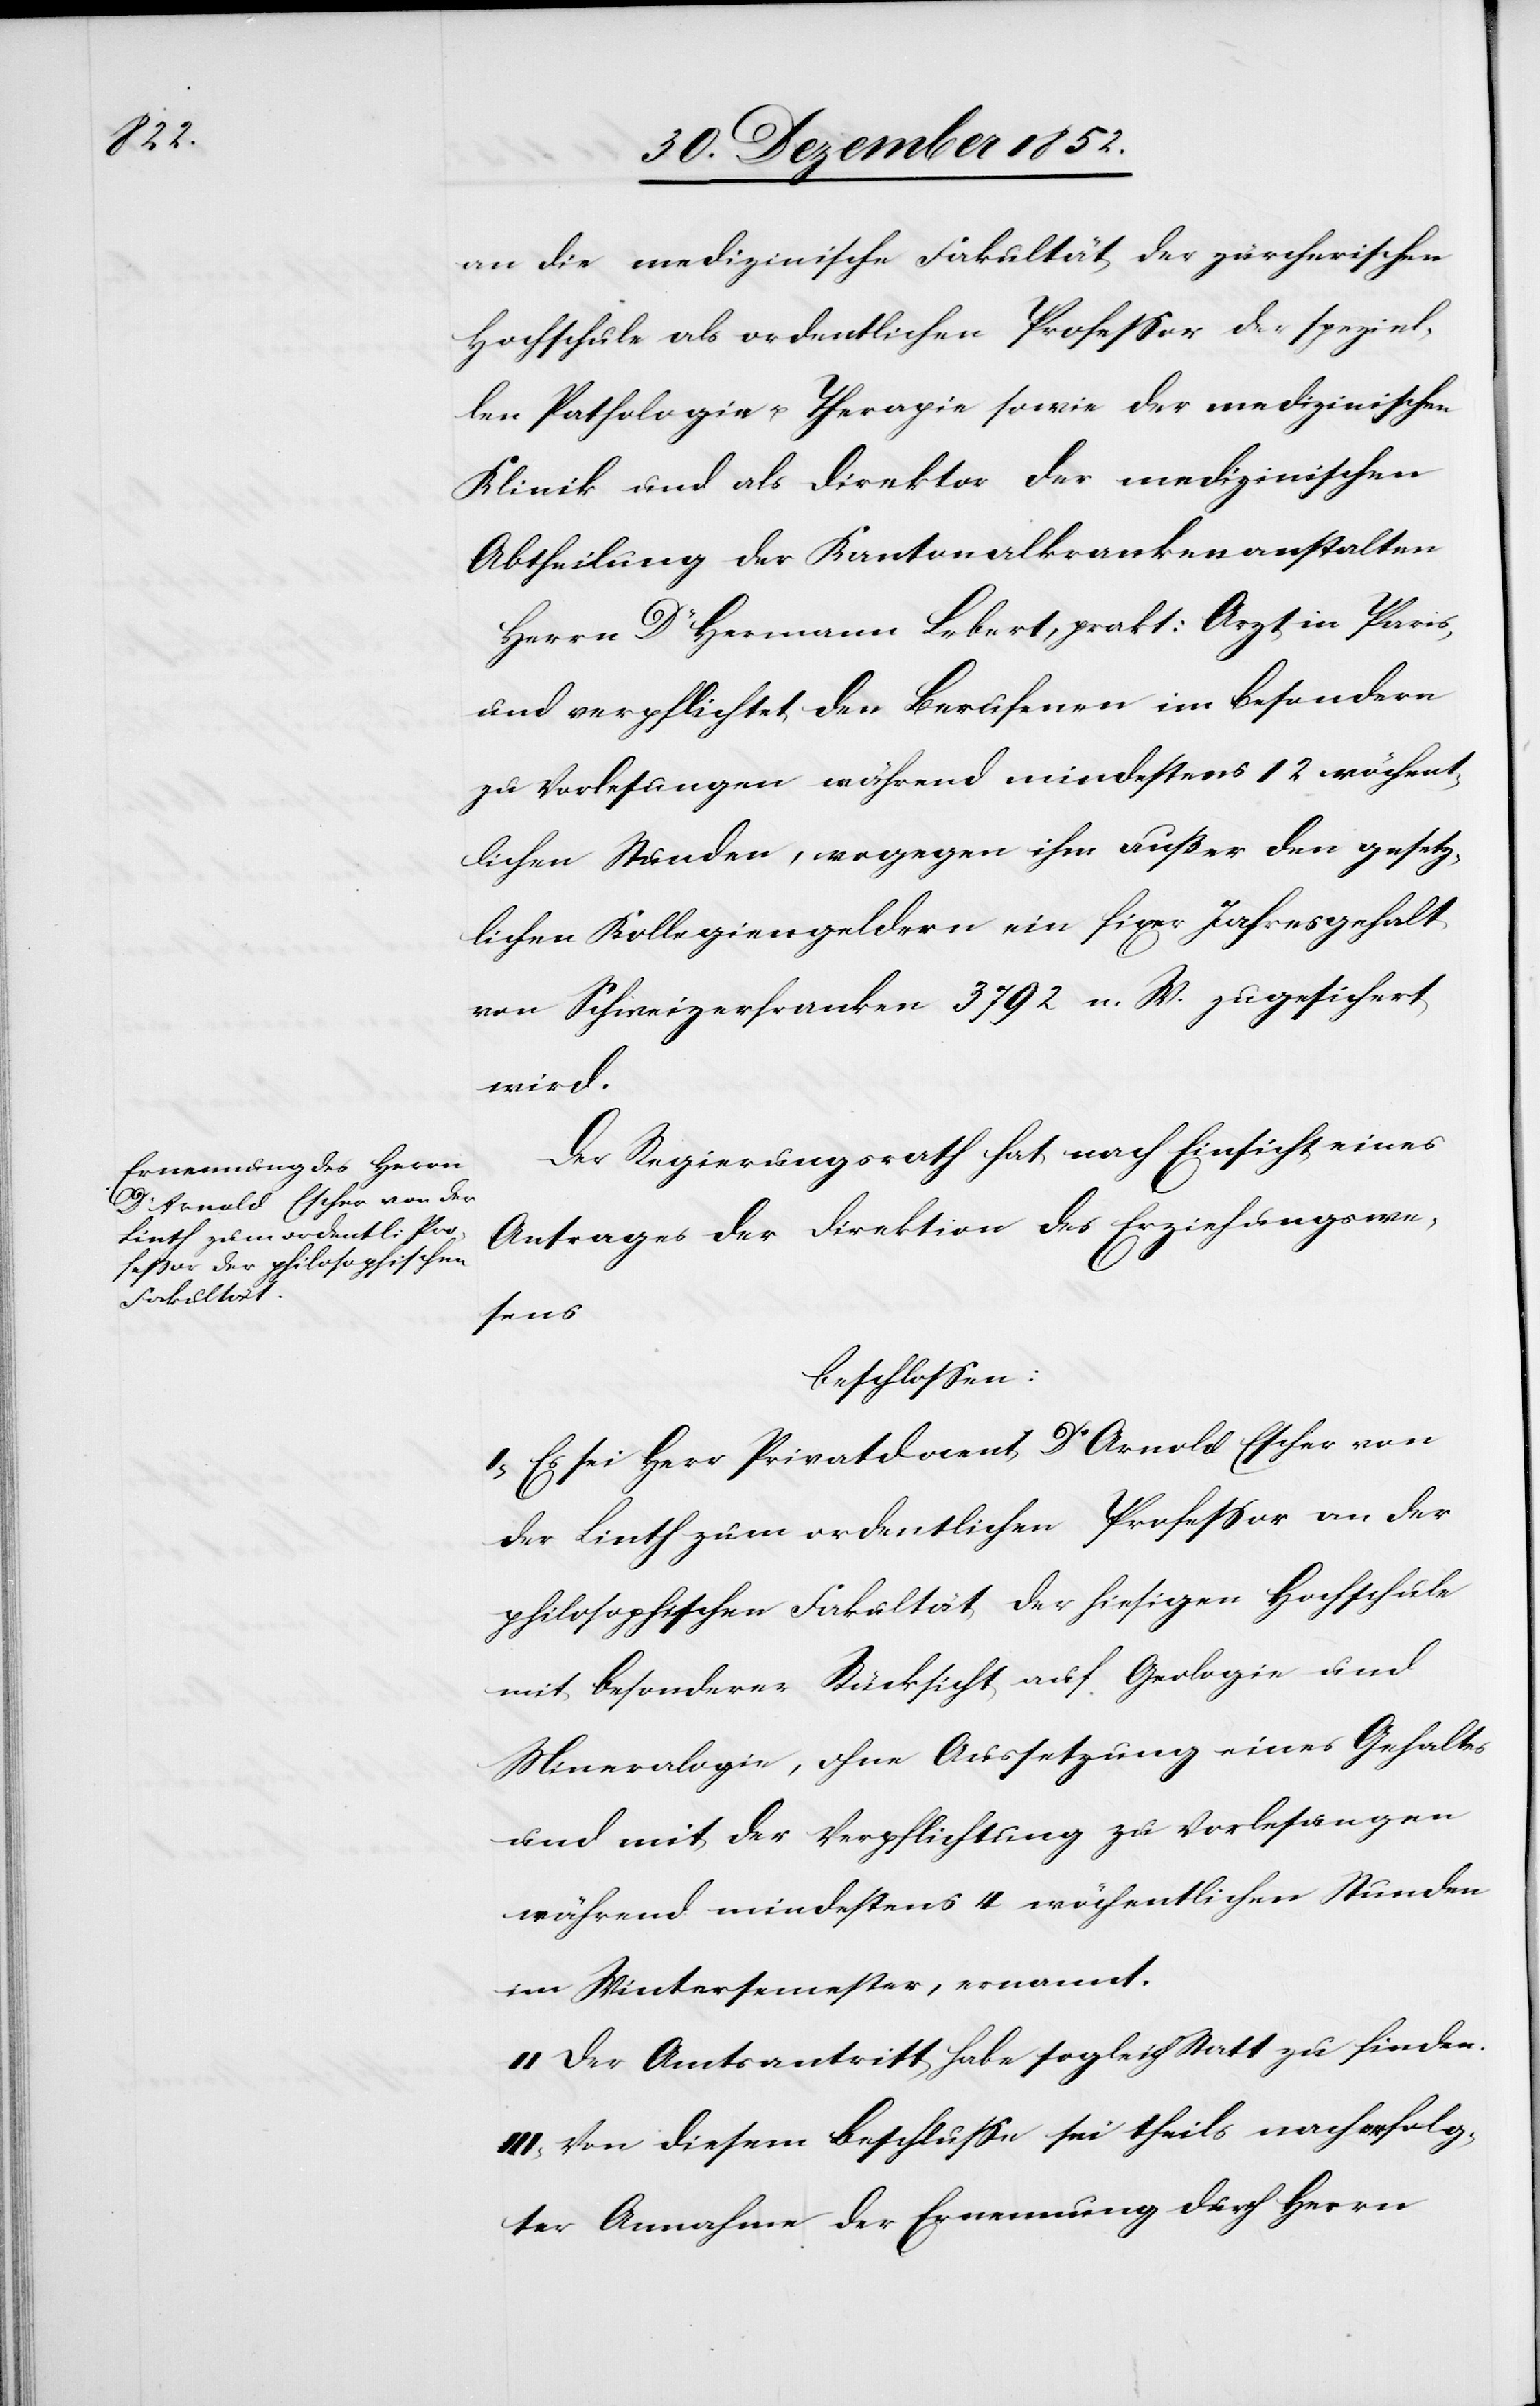
an die medizinische Fakultät der zürcherischen
Hochschule als ordentlichen Professor der speziel¬
len Pathologie u. Therapie sowie der medizinischen
Klinik und als Direktor der medizinischen
Abtheilung der Kantonalkrankenanstalten
Herrn Dr Hermann Lebert, prakt: Arzt in Paris,
und verpflichtet den Berufenen im besondern
zu Vorlesungen während mindestens 12 wöchent¬
lichen Stunden, wogegen ihm außer den gesetz¬
lichen Kollegiengeldern ein fixer Jahresgehalt
von Schweizerfranken 3792 n. W. zugesichert
wird.
Der Regierungsrath hat nach Einsicht eines
Antrages der Direktion des Erziehungswe¬
sens
beschlossen:
I, Es sei Herr Privatdocent Dr Arnold Escher von
der Linth zum ordentlichen Professor an der
philosophischen Fakultät der hiesigen Hochschule
mit besonderer Rücksicht auf Geologie und
Mineralogie, ohne Aussetzung eines Gehaltes
und mit der Verpflichtung zu Vorlesungen
während mindestens 4 wöchentlichen Stunden
im Wintersemester, ernannt.
II Der Amtsantritt habe sogleich Statt zu finden.
III, Von diesem Beschlusse sei theils nach erfolg¬
ter Annahme der Ernennung durch Herrn